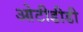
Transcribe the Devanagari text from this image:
ओटीडीडी